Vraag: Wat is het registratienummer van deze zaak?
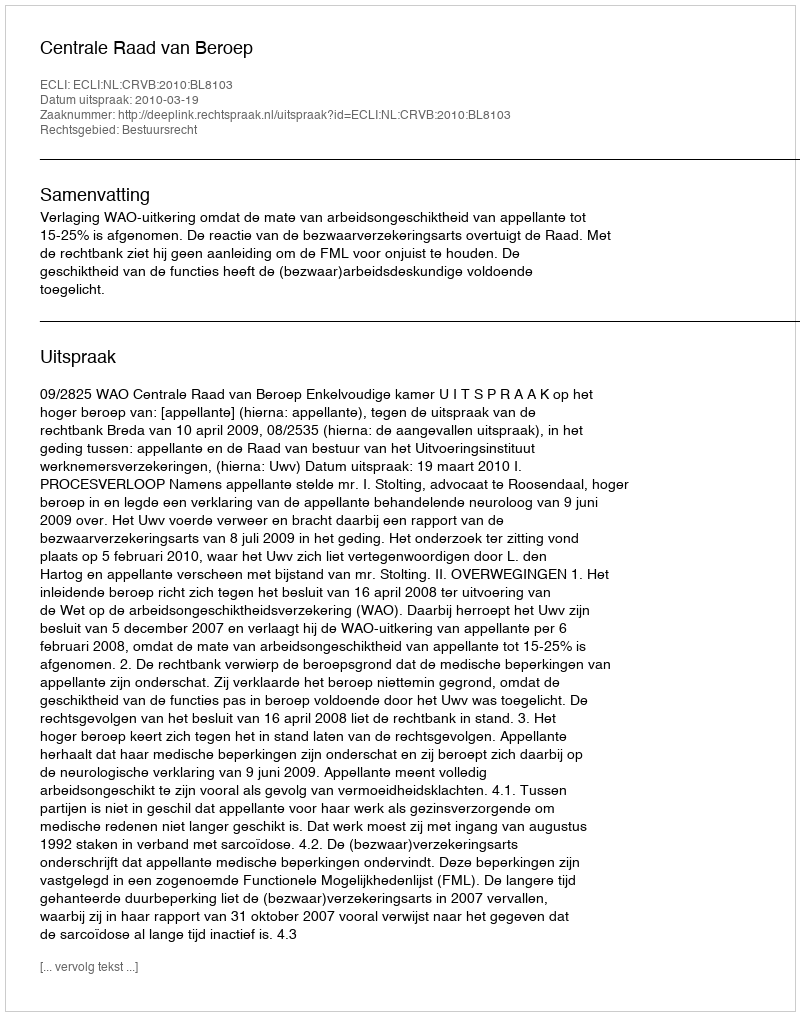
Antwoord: http://deeplink.rechtspraak.nl/uitspraak?id=ECLI:NL:CRVB:2010:BL8103